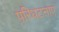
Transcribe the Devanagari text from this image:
परिधटनाएं